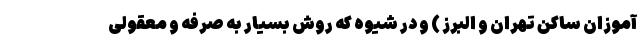
آموزان ساکن تهران و البرز ) و در شیوه که روش بسیار به صرفه و معقولی